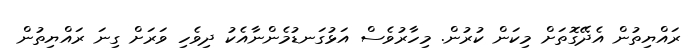
ރައްޔިތުން އެދޭގޮތަށް މިކަން ކުރުން. މިހާރުވެސް އަޅުގަނޑުމެންނާއެކު ދިވެހި ވަރަށް ގިނަ ރައްޔިތުން